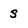
Character: s